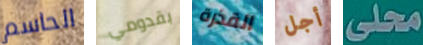
الحاسم بقدومي القذرة أجل محلى